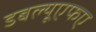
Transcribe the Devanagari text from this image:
डबल्यूएफए